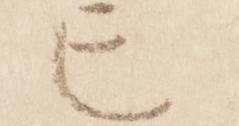
亡